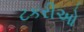
ટકરીઓ